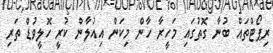
ރިޕޯޓްތައް ބުނާ ގޮތުގައި މަހީރާ ހާން މިކަން އިއުލާން ކުރީ ހޮލީވުޑް ތަރި